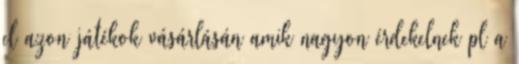
el azon játékok vásárlásán amik nagyon érdekelnek pl a